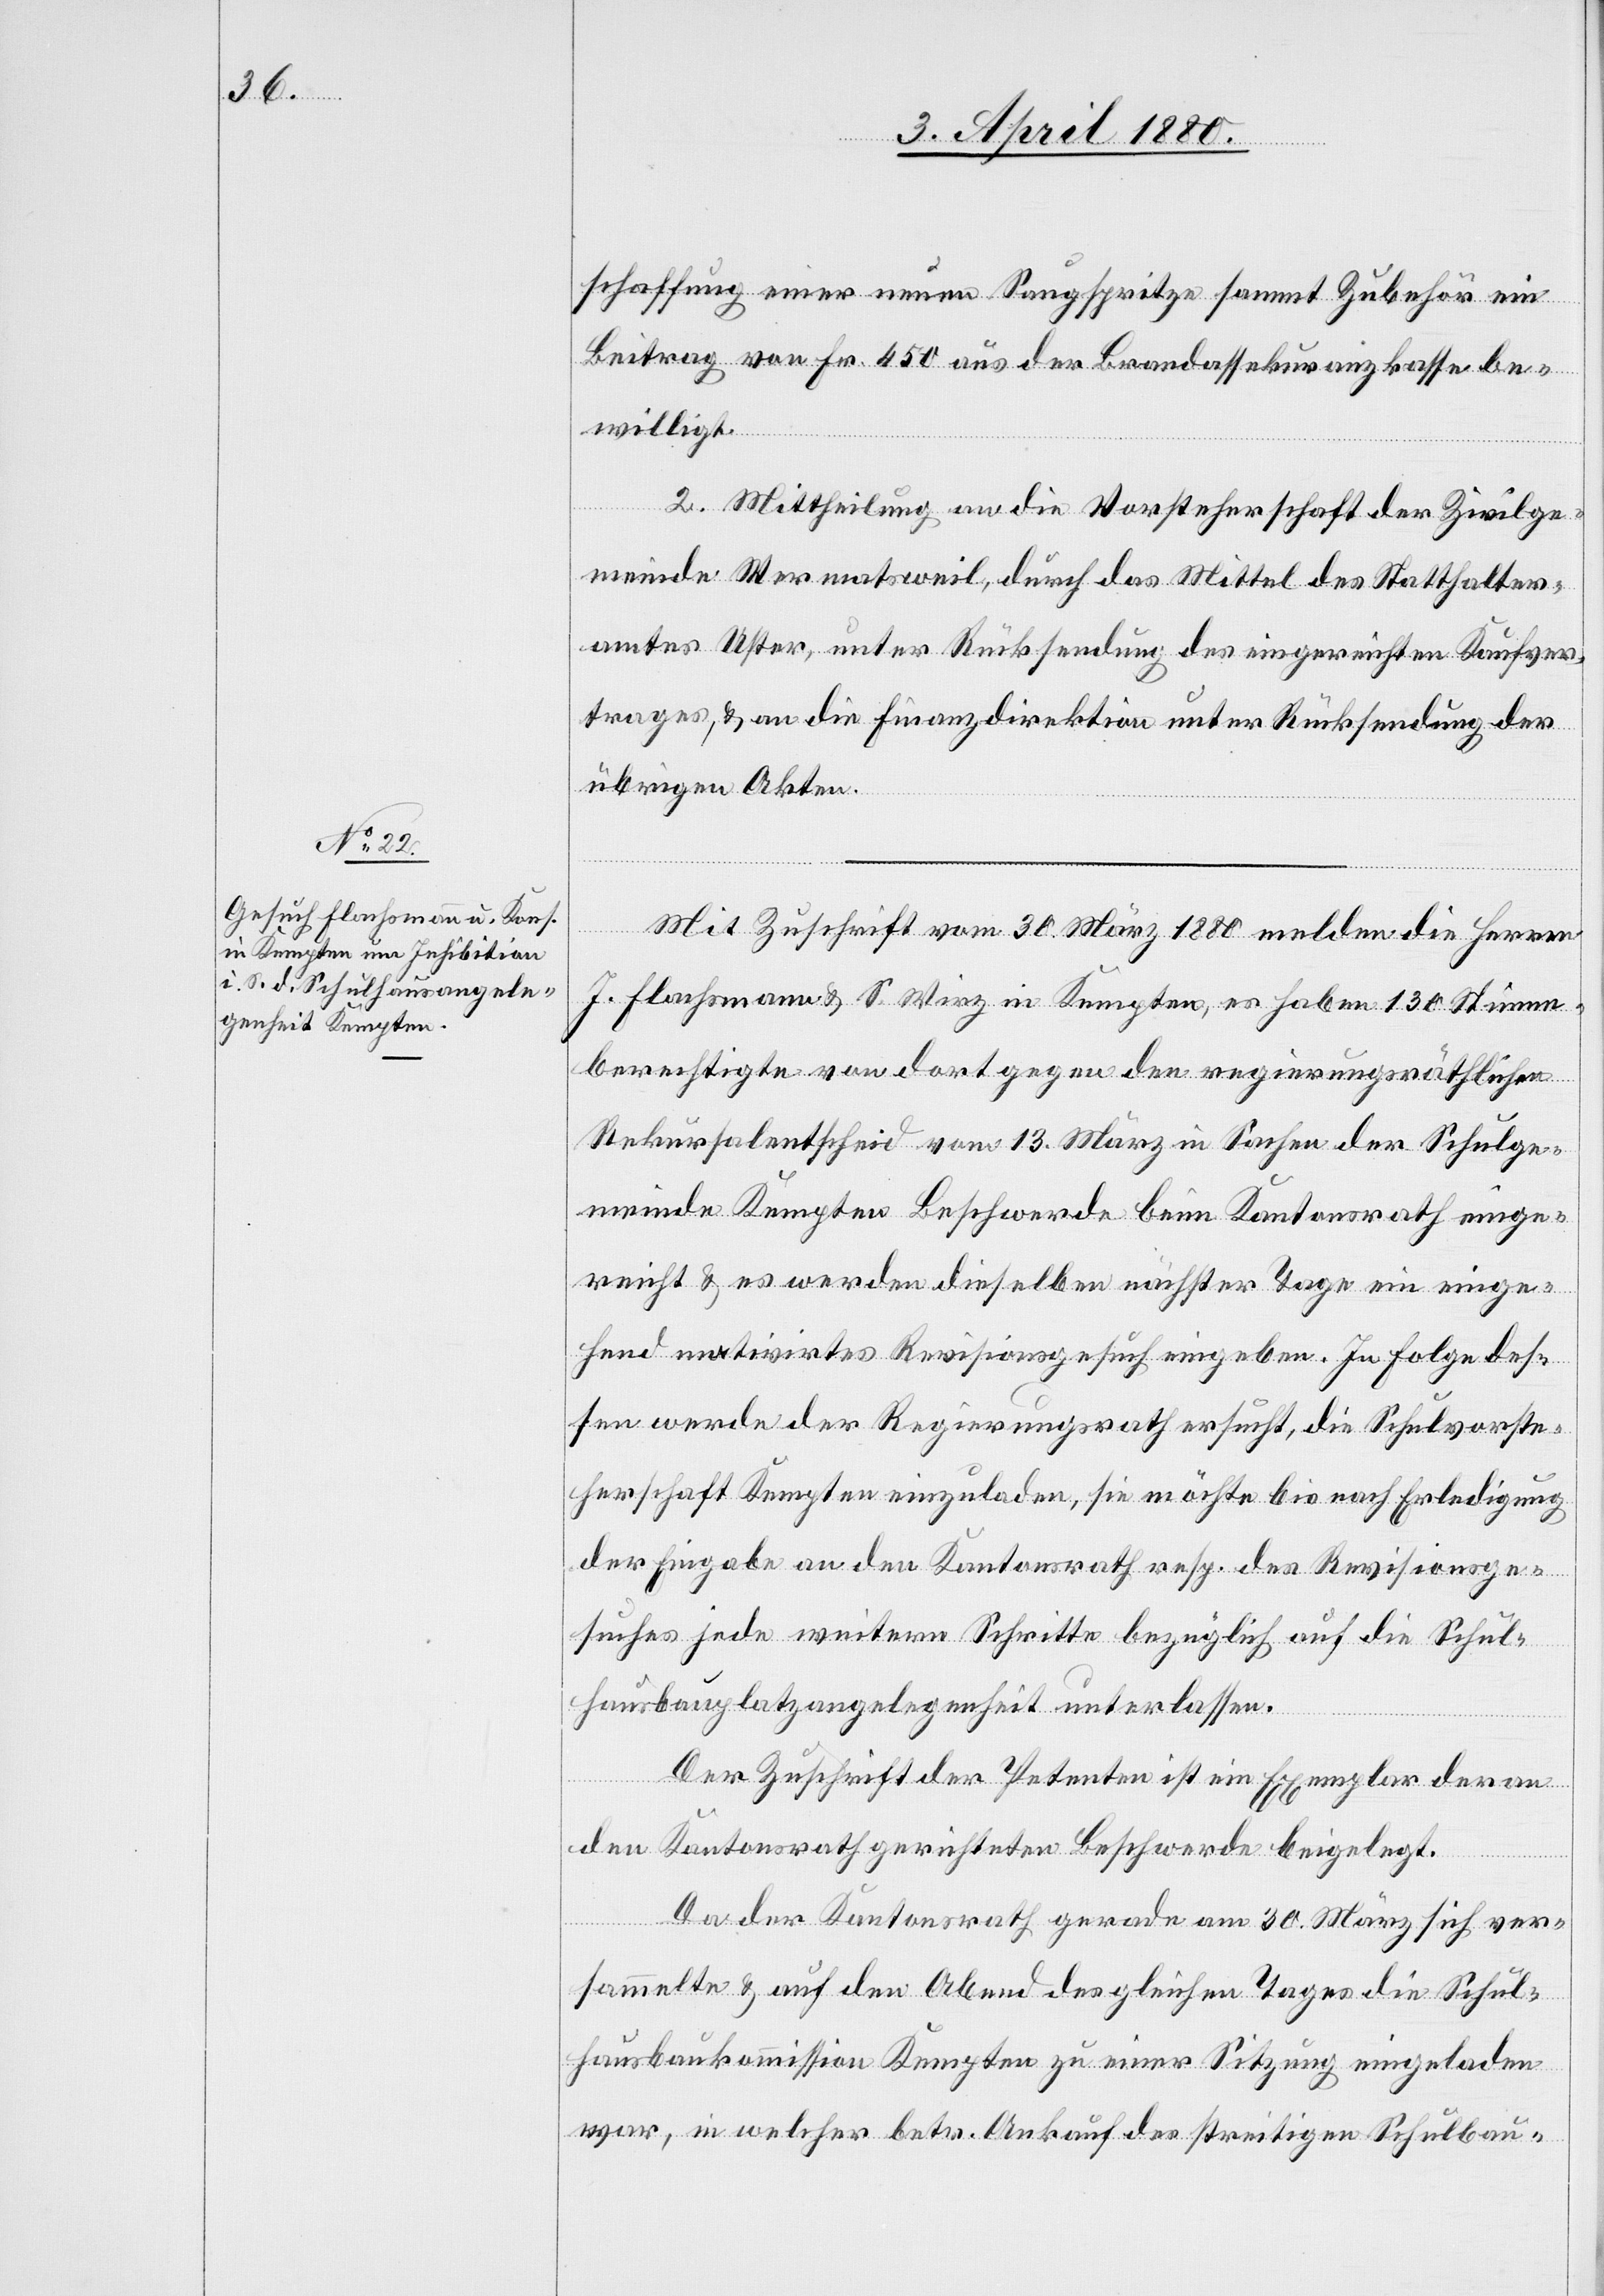
schaffung einer neuen Saugspritze sammt Zubehör im
Betrag von Fr. 450 aus der Brandassekuranzkasse be¬
willigt.
2. Mittheilung an die Vorsteherschaft der Zivilge¬
meinde Wermatsweil, durch das Mittel des Statthalter¬
amtes Uster, unter Rücksendung des eingereichten Kaufver¬
trages, & an die Finanzdirektion unter Rücksendung der
übrigen Akten.
Mit Zuschrift vom 30. März 1880 melden die Herren
J. Flachsmann & S. Wirz in Kempten, es haben 130 Stimm¬
berechtigte von dort gegen den regierungsräthlichen
Rekursentscheid vom 13. März in Sachen der Schulge¬
meinde Kempten Beschwerde beim Kantonsrath einge¬
reicht & es werden dieselben nächsten Tage ein einge¬
hend motivirtes Revisionsgesuch eingeben. In Folge des¬
sen werde der Regierungsrath ersucht, die Schulvorste¬
herschaft Kempten einzuladen, sie möchte bis nach Erledigung
der Eingabe an den Kantonsrath resp. des Revisionsge¬
suches jede weitern Schritte bezüglich auf die Schul¬
hausbauplatzangelegenheit unterlassen.
Der Zuschrift der Petentin ist ein Exemplar der an
den Kantonsrath gerichteten Beschwerde beigelegt.
Da der Kantonsrath gerade am 30. März sich ver¬
sammelte & auf den Abend des gleichen Tages die Schul¬
hausbaukommission Kempten zu einer Sitzung eingeladen
war, in welcher betr. Ankauf des streitigen Schulbau-